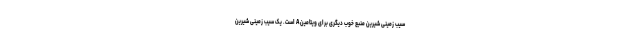
سیب زمینی شیرین منبع خوب دیگری برای ویتامین A است. یک سیب زمینی شیرین